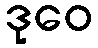
ဒုဝေ